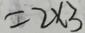
= 2 \times 3